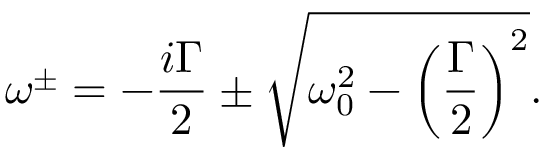
\omega ^ { \pm } = - \frac { i \Gamma } { 2 } \pm \sqrt { \omega _ { 0 } ^ { 2 } - \left( \frac { \Gamma } { 2 } \right) ^ { 2 } } .